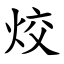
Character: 烄